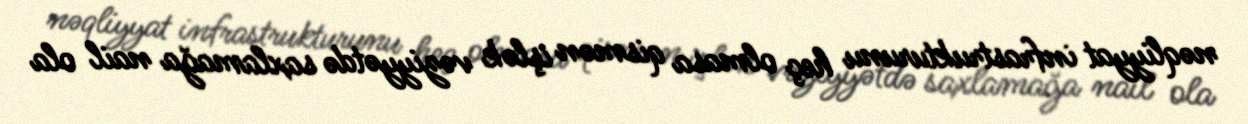
nəqliyyat infrastrukturunu heç olmasa qismən işlək vəziyyətdə saxlamağa nail ola